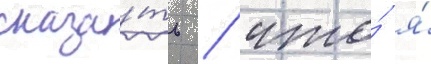
сказа́ть / что́ я́